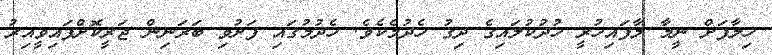
ޚިލާފަށް ނީމާ ލާފައިހުރީ ހުދުކުލައިގެ ދިގު ހެދުމެކެވެ. ހެދުމުގައި ފަށުވި ބަރަނިން ޖަރީކޮށްފައިވީއިރު